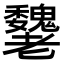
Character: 𦓌